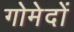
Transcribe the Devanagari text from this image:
गोमेदों